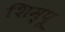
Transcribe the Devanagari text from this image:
शिम्पू